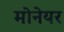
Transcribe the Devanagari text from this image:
मोनेयर